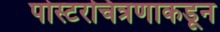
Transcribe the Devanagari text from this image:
पोस्टरचित्रणाकडून